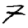
Digit: 7